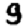
Digit: 9